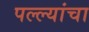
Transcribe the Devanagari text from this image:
पल्ल्यांचा